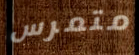
متمرس